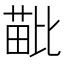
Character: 𣬍